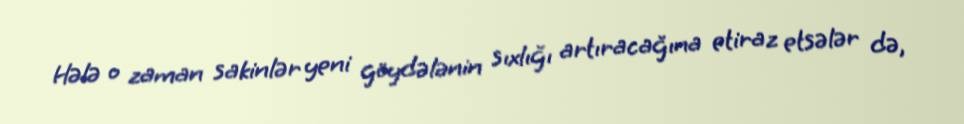
Hələ o zaman sakinlər yeni göydələnin sıxlığı artıracağına etiraz etsələr də,